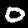
Digit: 0